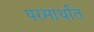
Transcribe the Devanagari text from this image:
परमार्थात